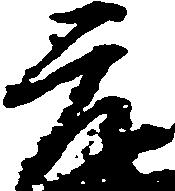
元